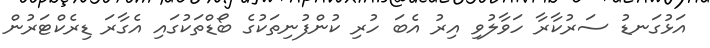
އަޅުގަނޑު ސަރުކާރާ ހަވާލުވި އިރު އެބަ ހުރި ކުންފުނިތަކުގެ ބޯޑްތަކުގައި އެގާރަ ޑިރެކްޓަރުން